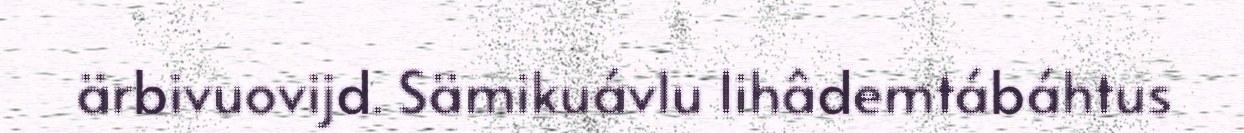
ärbivuovijd. Sämikuávlu lihâdemtábáhtus